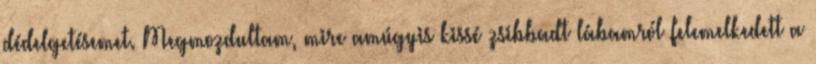
dédelgetésemet. Megmozdultam, mire amúgyis kissé zsibbadt lábamról felemelkedett a